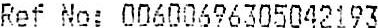
REF NO: 00600696305042193